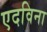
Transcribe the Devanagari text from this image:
एदविना